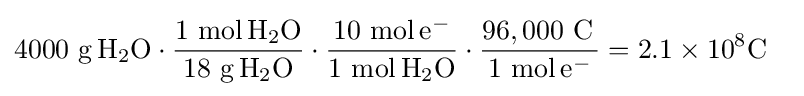
4000\ {\mbox{g}}\,{\rm {{H}_{2}{\rm {{O}\cdot {\frac {1\ {\mbox{mol}}\,{\rm {{H}_{2}{\rm {O}}}}}{18\ {\mbox{g}}\,H_{2}O}}\cdot {\frac {10\ {\mbox{mol}}\,e^{-}}{1\ {\mbox{mol}}\,H_{2}O}}\cdot {\frac {96,000\ {\mbox{C}}\,}{1\ {\mbox{mol}}\,e^{-}}}=2.1\times 10^{8}C\ \,\ }}}}